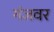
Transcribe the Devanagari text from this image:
गंजवर